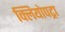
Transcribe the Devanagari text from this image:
क्लियोपट्रा